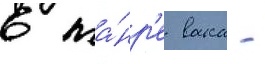
в жа́нр'е вака -